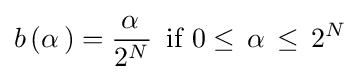
b\left(\alpha \,\right)={\frac {\alpha \,}{2^{N}}}\,{\text{ if }}0\leq \,\alpha \,\leq \,{2^{N}}